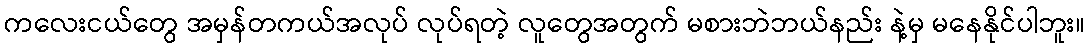
ကလေးငယ်တွေ အမှန်တကယ်အလုပ် လုပ်ရတဲ့ လူတွေအတွက် မစားဘဲဘယ်နည်း နဲ့မှ မနေနိုင်ပါဘူး။